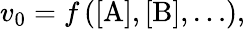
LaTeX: v_{0}=f\left([\mathrm{A}],[\mathrm{B}],\ldots\right),